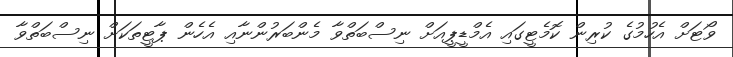
ވޯޓަށް އެހުމުގެ ކުރިން ކޮމެޓީގައި އެމްޑީޕީއަށް ނިސްބަތްވާ މެންބަރުންނާއި އެހެން ޕާޓީތަކަށް ނިސްބަތްވާ